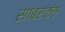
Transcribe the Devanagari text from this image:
साबरकंठ